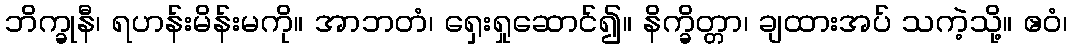
ဘိက္ခုနီ၊ ရဟန်းမိန်းမကို။ အာဘတံ၊ ရှေးရှုဆောင်၍။ နိက္ခိတ္တာ၊ ချထားအပ် သကဲ့သို့။ ဧဝံ၊